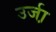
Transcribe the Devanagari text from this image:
उर्जा़